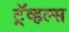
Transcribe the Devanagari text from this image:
ट्रॅव्हल्स